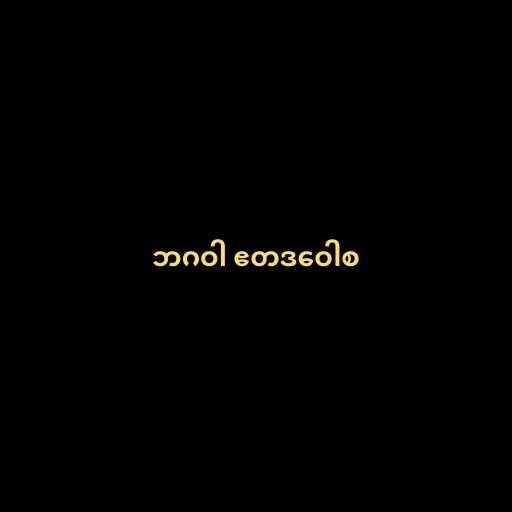
ဘဂဝါ ဧတဒဝေါစ